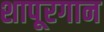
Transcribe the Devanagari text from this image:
शापूरगान